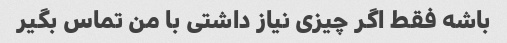
باشه فقط اگر چیزی نیاز داشتی با من تماس بگیر